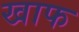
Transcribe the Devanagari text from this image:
खाफ